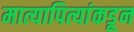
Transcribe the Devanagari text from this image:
मात्यापित्यांकडून